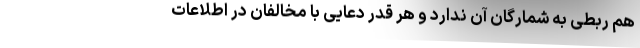
هم ربطی به شمارگان آن ندارد و هر قدر دعایی با مخالفان در اطلاعات